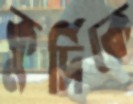
কুর্দিকে